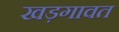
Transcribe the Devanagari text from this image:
खड़गावत